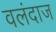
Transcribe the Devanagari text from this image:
वलंदाज